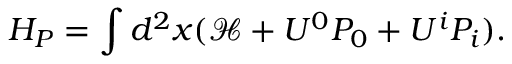
H _ { P } = \int d ^ { 2 } x ( { \mathcal { H } } + U ^ { 0 } P _ { 0 } + U ^ { i } P _ { i } ) .